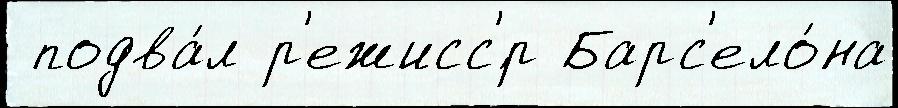
 подва́л р'ежисс'́р Барс'ело́на